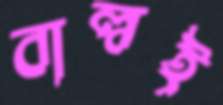
বাল্বই